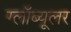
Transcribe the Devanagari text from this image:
ग्लॉब्यूलर